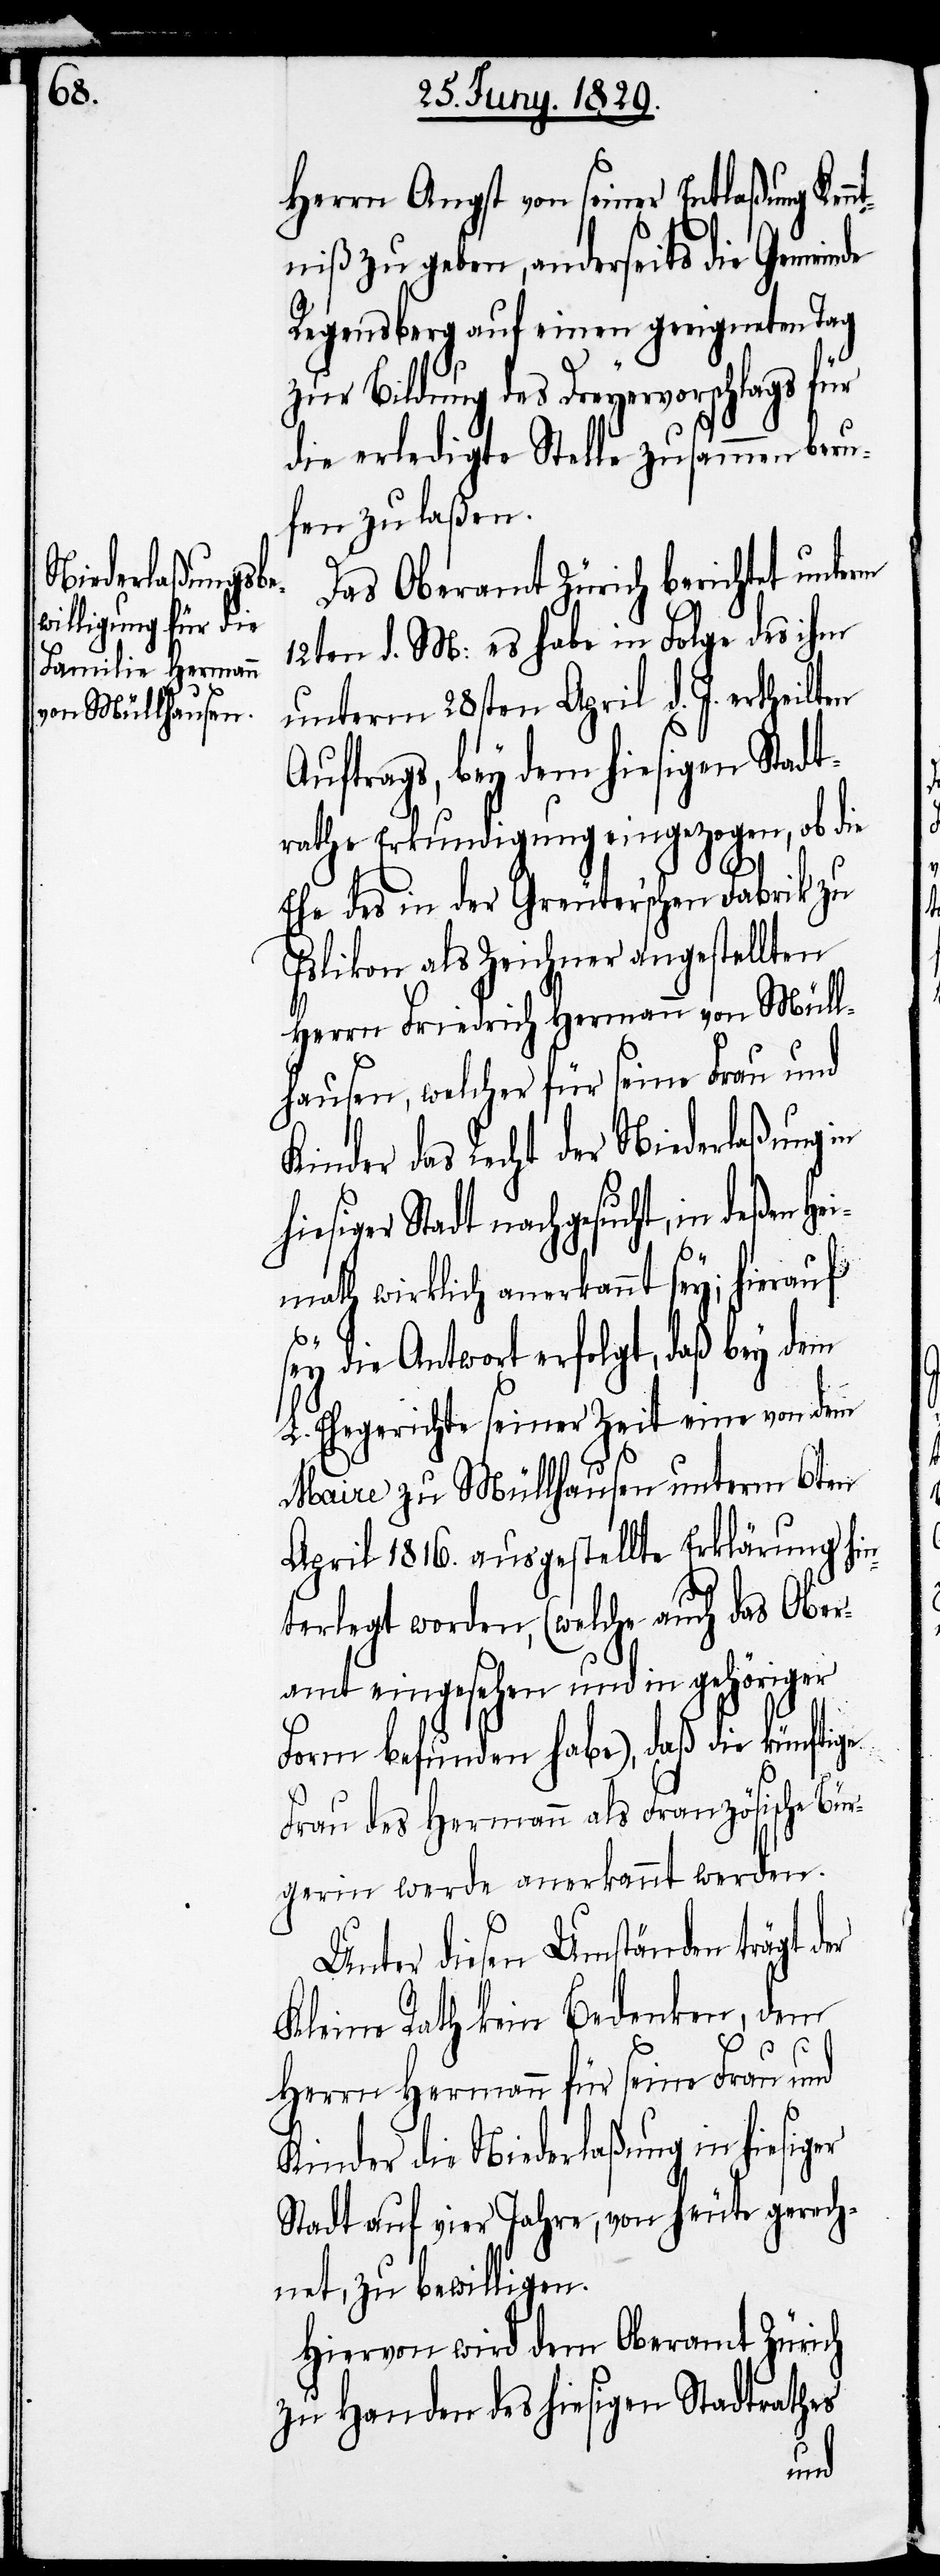
Herrn Angst von seiner Entlaßung Ken¬
ntniß zu geben, anderseits die Gemeinde
Regensberg auf einen geeigneten Tag
zur Bildung des Dreyervorschlags für
die erledigte Stelle zusammen beru¬
fen zu laßen.
Das Oberamt Zürich berichtet unterm
12ten d. M: es habe in Folge des ihm
unterm 28sten April d. J. ertheilten
Auftrags, bey dem hiesigen Stadt¬
rathe Erkundigungen eingezogen, ob die
Ehe des in der Greuter’schen Fabrik zu
Islikon als Zeichner angestellten
Herrn Friedrich Hermann von Müll¬
hausen, welcher für seine Frau und
Kinder das Recht der Niederlaßung in
hiesiger Stadt nachgesucht, in deßen He¬
imath wirklich anerkannt sey; hierauf
sey die Antwort erfolgt, daß bey dem
L. Ehegerichte seiner Zeit eine von dem
Maire zu Müllhausen unterm 6ten
April 1816. ausgestellte Erklärung hin¬
terlegt worden, (welche auch das Ober¬
amt eingesehen und in gehöriger
Form befunden habe), daß die künftige
Frau des Hermann als Französische Bür¬
gerin werde anerkannt werden.
Unter diesen Umständen trägt der
Kleine Rath kein Bedenken, dem
Herrn Hermann für seine Frau und
Kinder die Niederlaßung in hiesiger
Stadt auf vier Jahre, von heute an gerech¬
net, zu bewilligen.
Hiervon wird dem Oberamt Zürich
zu Handen des hiesigen Stadtrathes